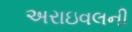
અરાઇવલની